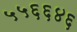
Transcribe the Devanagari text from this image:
५५६६४६